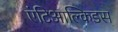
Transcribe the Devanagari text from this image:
एंटिआल्किडस